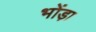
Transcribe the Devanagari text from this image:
भोंड़ा